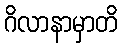
ဂိလာနာမှာတိ